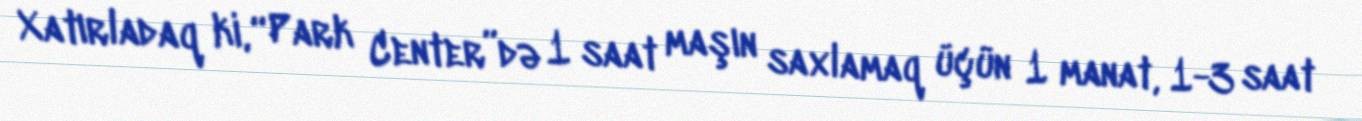
Xatırladaq ki, “Park Center”də 1 saat maşın saxlamaq üçün 1 manat, 1-3 saat